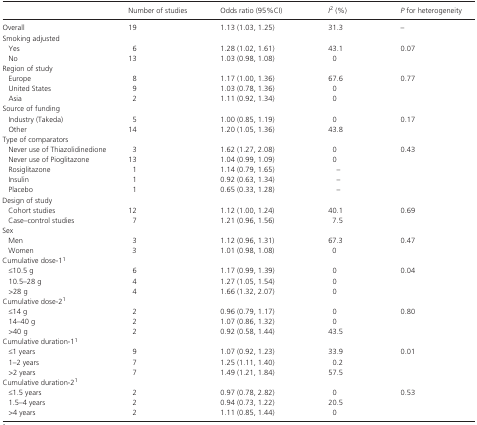
<table><thead><tr><td></td><td><b>Number of studies</b></td><td><b>Odds ratio (95%CI)</b></td><td><b><i>I</i><sup>2</sup> (%)</b></td><td><b><i>P</i> for heterogeneity</b></td></tr></thead><tbody><tr><td>Overall</td><td>19</td><td>1.13 (1.03, 1.25)</td><td>31.3</td><td>–</td></tr><tr><td colspan="5">Smoking adjusted</td></tr><tr><td>Yes</td><td>6</td><td>1.28 (1.02, 1.61)</td><td>43.1</td><td rowspan="2">0.07</td></tr><tr><td>No</td><td>13</td><td>1.03 (0.98, 1.08)</td><td>0</td></tr><tr><td colspan="5">Region of study</td></tr><tr><td>Europe</td><td>8</td><td>1.17 (1.00, 1.36)</td><td>67.6</td><td rowspan="3">0.77</td></tr><tr><td>United States</td><td>9</td><td>1.03 (0.78, 1.36)</td><td>0</td></tr><tr><td>Asia</td><td>2</td><td>1.11 (0.92, 1.34)</td><td>0</td></tr><tr><td colspan="5">Source of funding</td></tr><tr><td>Industry (Takeda)</td><td>5</td><td>1.00 (0.85, 1.19)</td><td>0</td><td rowspan="2">0.17</td></tr><tr><td>Other</td><td>14</td><td>1.20 (1.05, 1.36)</td><td>43.8</td></tr><tr><td colspan="5">Type of comparators</td></tr><tr><td>Never use of Thiazolidinedione</td><td>3</td><td>1.62 (1.27, 2.08)</td><td>0</td><td rowspan="5">0.43</td></tr><tr><td>Never use of Pioglitazone</td><td>13</td><td>1.04 (0.99, 1.09)</td><td>0</td></tr><tr><td>Rosiglitazone</td><td>1</td><td>1.14 (0.79, 1.65)</td><td>–</td></tr><tr><td>Insulin</td><td>1</td><td>0.92 (0.63, 1.34)</td><td>–</td></tr><tr><td>Placebo</td><td>1</td><td>0.65 (0.33, 1.28)</td><td>–</td></tr><tr><td colspan="5">Design of study</td></tr><tr><td>Cohort studies</td><td>12</td><td>1.12 (1.00, 1.24)</td><td>40.1</td><td rowspan="2">0.69</td></tr><tr><td>Case–control studies</td><td>7</td><td>1.21 (0.96, 1.56)</td><td>7.5</td></tr><tr><td colspan="5">Sex</td></tr><tr><td>Men</td><td>3</td><td>1.12 (0.96, 1.31)</td><td>67.3</td><td rowspan="2">0.47</td></tr><tr><td>Women</td><td>3</td><td>1.01 (0.98, 1.08)</td><td>0</td></tr><tr><td colspan="5">Cumulative dose‐1a</td></tr><tr><td>≤10.5 g</td><td>6</td><td>1.17 (0.99, 1.39)</td><td>0</td><td rowspan="3">0.04</td></tr><tr><td>10.5–28 g</td><td>4</td><td>1.27 (1.05, 1.54)</td><td>0</td></tr><tr><td>&gt;28 g</td><td>4</td><td>1.66 (1.32, 2.07)</td><td>0</td></tr><tr><td colspan="5">Cumulative dose‐2a</td></tr><tr><td>≤14 g</td><td>2</td><td>0.96 (0.79, 1.17)</td><td>0</td><td rowspan="3">0.80</td></tr><tr><td>14–40 g</td><td>2</td><td>1.07 (0.86, 1.32)</td><td>0</td></tr><tr><td>&gt;40 g</td><td>2</td><td>0.92 (0.58, 1.44)</td><td>43.5</td></tr><tr><td colspan="5">Cumulative duration‐1a</td></tr><tr><td>≤1 years</td><td>9</td><td>1.07 (0.92, 1.23)</td><td>33.9</td><td rowspan="3">0.01</td></tr><tr><td>1–2 years</td><td>7</td><td>1.25 (1.11, 1.40)</td><td>0.2</td></tr><tr><td>&gt;2 years</td><td>7</td><td>1.49 (1.21, 1.84)</td><td>57.5</td></tr><tr><td colspan="5">Cumulative duration‐2a</td></tr><tr><td>≤1.5 years</td><td>2</td><td>0.97 (0.78, 2.82)</td><td>0</td><td rowspan="3">0.53</td></tr><tr><td>1.5–4 years</td><td>2</td><td>0.94 (0.73, 1.22)</td><td>20.5</td></tr><tr><td>&gt;4 years</td><td>2</td><td>1.11 (0.85, 1.44)</td><td>0</td></tr></tbody></table>